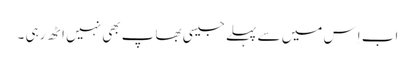
اب اِس میں سے پہلے جیسی بھاپ بھی نہیں اٹھ رہی ۔